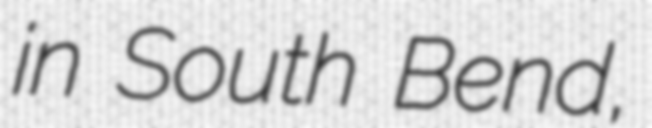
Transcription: in South Bend,